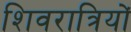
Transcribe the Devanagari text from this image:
शिवरात्रियों